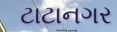
ટાટાનગર